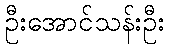
ဦးအောင်သန်းဦး